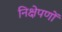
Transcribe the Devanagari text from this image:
निक्षेपणों